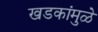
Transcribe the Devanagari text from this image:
खडकांमुळे